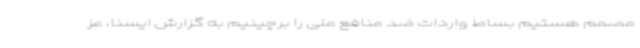
مصمم هستیم بساط واردات ضد منافع ملی را برچینیم به گزارش ایسنا، عز